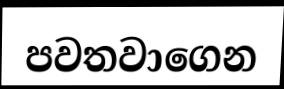
පවතවාගෙන